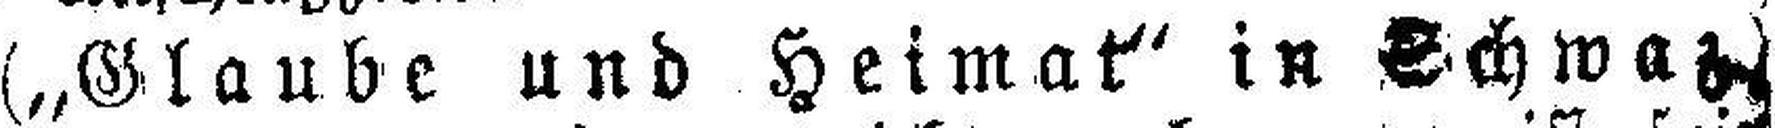
(„Glaube und Heimat“ in Schwaz)